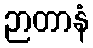
ဉာတာနံ